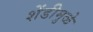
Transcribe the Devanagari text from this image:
शेंडीमुळे